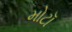
મોટૉ